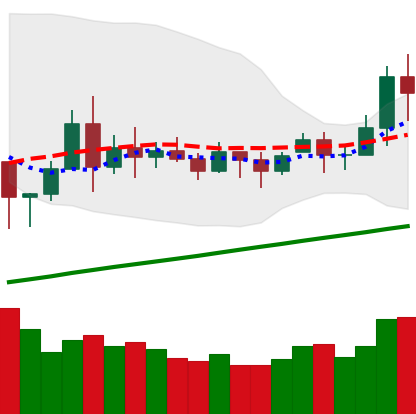
Ticker: BNB-USD
Chart end date: 2020-11-22
Forward return: -4.845%
Label: down_3_5